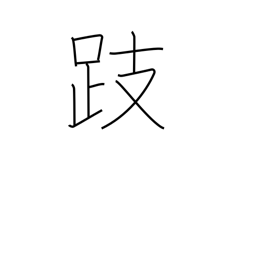
Meaning: stand on tiptoes